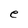
Character: e